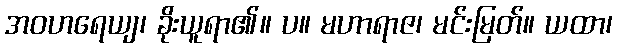
အဝဟရေယျ၊ ခိုးယူရာ၏။ ပ။ မဟာရာဇ၊ မင်းမြတ်။ ယထာ၊